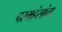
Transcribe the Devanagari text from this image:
परमहंसांचा